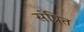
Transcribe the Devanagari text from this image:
संप्रित